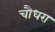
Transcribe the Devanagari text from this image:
चौधरा